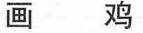
画鸡